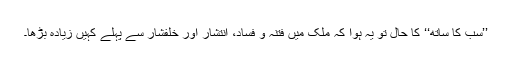
’’سب کا ساتھ‘‘ کا حال تو یہ ہوا کہ ملک میں فتنہ و فساد، انتشار اور خلفشار سے پہلے کہیں زیادہ بڑھا۔